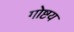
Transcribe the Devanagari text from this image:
गोष्टय